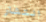
انتشار